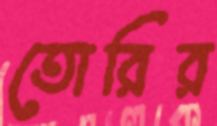
তোরির